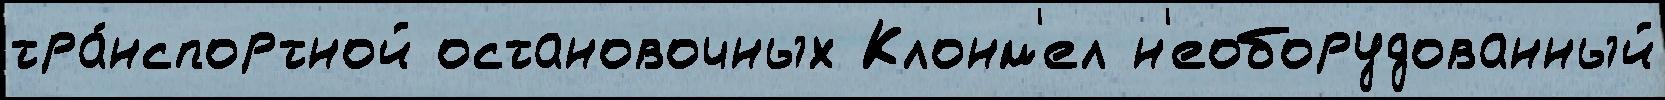
тра́нспортной остановочных Клонм'ел н'еоборудованный